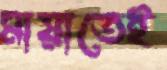
মায়াতেই